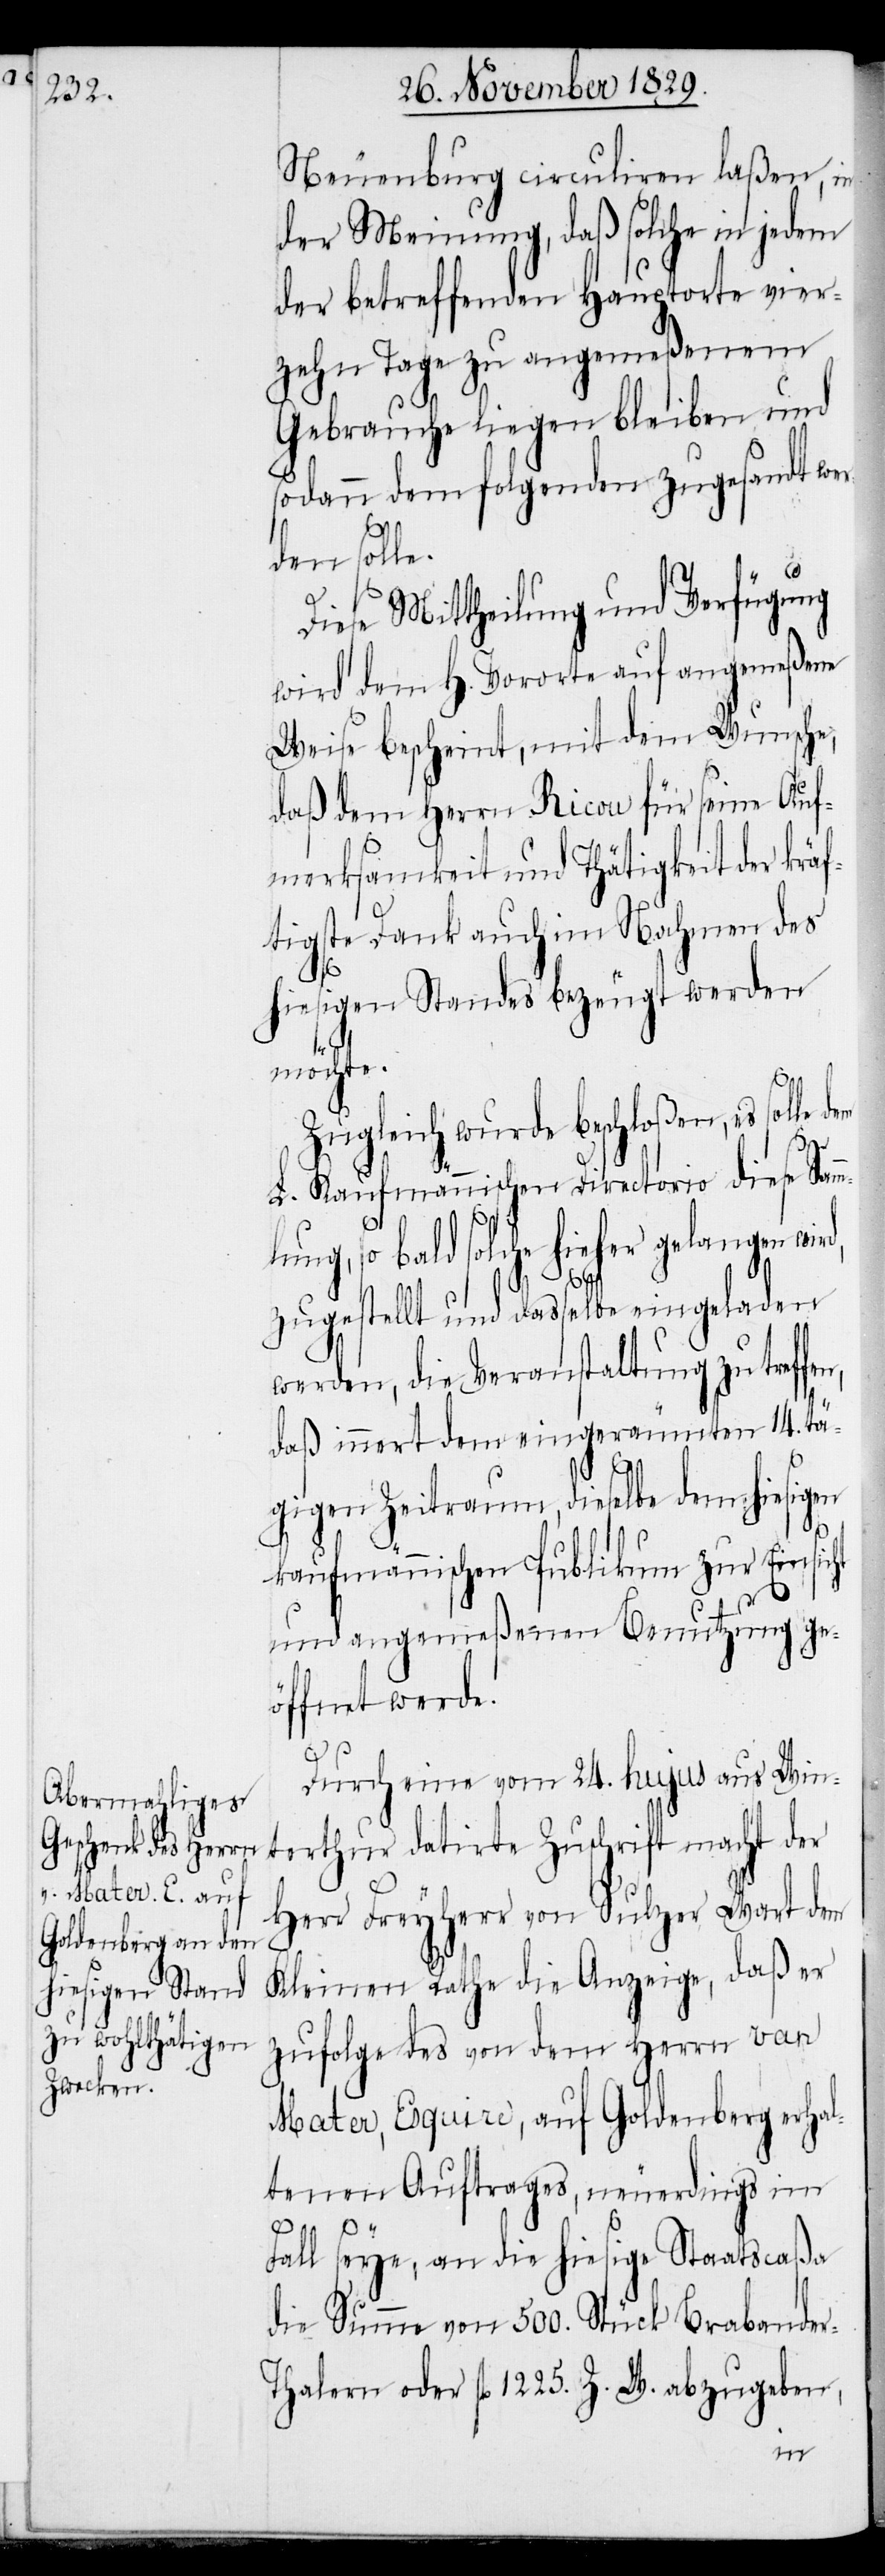
H. Vororte auf

Neuenburg circuliren laßen, in
der Meinung, daß solche in jedem
der betreffenden Hauptorte vier¬
zehn Tage zu angemeßenem
Gebrauche liegen bleiben und
sodann dem folgenden zugesandt wer¬
den soll¬
Diese Mittheilung und Verfügung
Weise bescheint, mit dem Wunsche,
daß dem Herrn Ricou für seine Auf¬
merksamkeit und Thätlichkeit der krä¬
ftigste Dank auch im Nahmen des
hiesigen Standes bezeugt werden
möchte.
Zugleich wurde beschloßen, es solle
L. Kaufmännischen Directorio diese Samm¬
d,
lung, so bald solche hieher gelangen wir¬
zugestellt und daßelbe eingeladen
werden, die Veranstaltung zu treffe¬
daß innert dem eingeräumten 14. tä¬
gigen Zeitraum, dieselbe dem hiesigen
kaufmännischen Publikum zur Einsicht
und angemeßenen Benutzung ge¬
öffnet werde.
Durch eine vom 24. hujus aus Win¬
terthur datirte Zuschrift macht der
Herr Freyherr von Sulzer Wart dem
Kleinen Rathe die Anzeige, daß er
zufolge des von dem Herrn van
Mater, Esquire, auf Goldenberg erhal¬
tenen Auftrages, neuerdings im
r-T¬
Fall seye, an die hiesige Staatscaßa
die Summe von 500. Stück Brabande¬
halern oder fl. 1225. Z. W. abzugeben,
n,